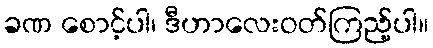
ခဏ စောင့်ပါ၊ ဒီဟာလေးဝတ်ကြည့်ပါ။